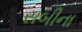
સબીના